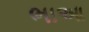
ભાઆ